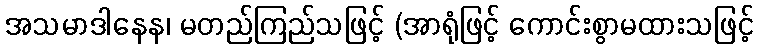
အသမာဒါနေန၊ မတည်ကြည်သဖြင့် (အာရုံဖြင့် ကောင်းစွာမထားသဖြင့်